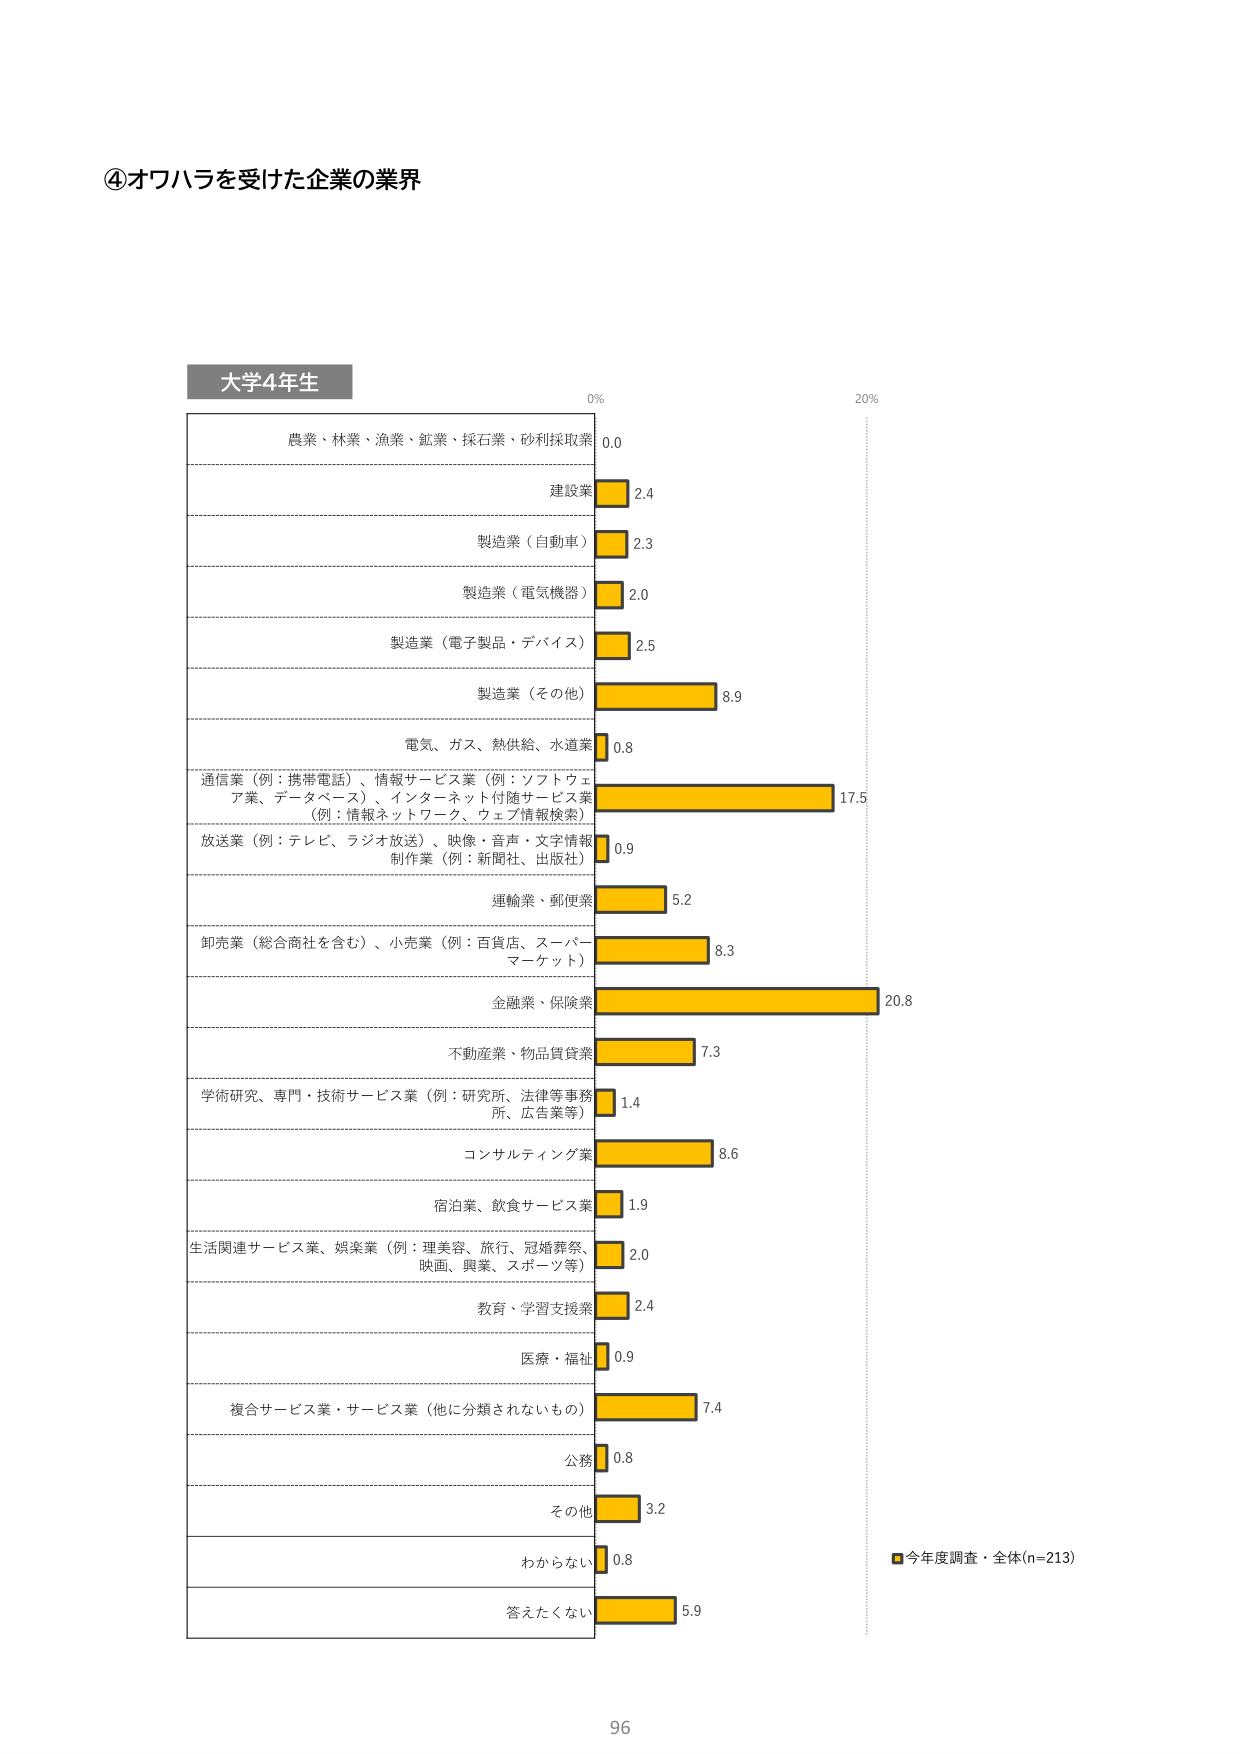
④オワハラを受けた企業の業界

大学4年生

0%
20%

農業・林業・漁業・鉱業・採石業・砂利採取業 0.0
建設業 2.4
製造業（自動車） 2.3
製造業（電気機器） 2.0
製造業（電子製品・デバイス） 2.5
製造業（その他） 8.9
電気、ガス、熱供給、水道業 0.8
通信業（例：携帯電話）、情報サービス業（例：ソフトウェア業、データベース）、インターネット付随サービス業（例：情報ネットワーク、ウェブ情報検索） 17.5
放送業（例：テレビ、ラジオ放送）、映像・音声・文字情報制作業（例：新聞社、出版社） 0.9
運輸業、郵便業 5.2
卸売業（総合商社を含む）、小売業（例：百貨店、スーパーマーケット） 8.3
金融業、保険業 20.8
不動産業、物品賃貸業 7.3
学術研究、専門・技術サービス業（例：研究所、法律等事務所、広告業等） 1.4
コンサルティング業 8.6
宿泊業、飲食サービス業 1.9
生活関連サービス業、娯楽業（例：理美容、旅行、冠婚葬祭、映画、興業、スポーツ等） 2.0
教育・学習支援業 2.4
医療・福祉 0.9
複合サービス業・サービス業（他に分類されないもの） 7.4
公務 0.8
その他 3.2
わからない 0.8
答えたくない 5.9

■今年度調査・全体(n=213)

96